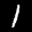
Label: 1